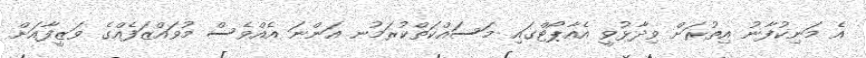
އެ މަނިކުފާނު އިތުރަށް ވިދާޅުވީ އެއާޕޯޓްގައި މަސައްކަތްކުރަމުނ އަންނަ އެއްވެސް މުވައްޒަފެއްގެ ވަޒީފާއަށް